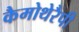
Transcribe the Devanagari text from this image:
कैमोथेरैपी